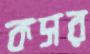
কসর